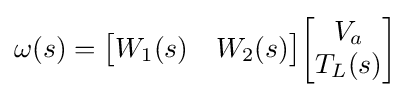
\omega (s)={\begin{bmatrix}W_{1}(s)&W_{2}(s)\end{bmatrix}}{\begin{bmatrix}V_{a}\\T_{L}(s)\end{bmatrix}}